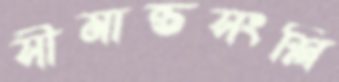
সীমান্তসংশ্লি